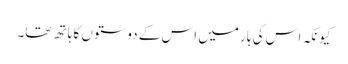
کیونکہ اس کی ہار میں اس کے دوستوں کا ہاتھ تھا۔